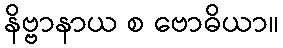
နိဗ္ဗာနာယ စ ဗောဓိယာ။